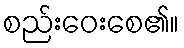
စည်းဝေးစေ၏။